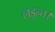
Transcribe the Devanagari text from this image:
लड़न्त।